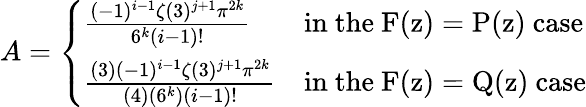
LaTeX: A=\left\{ \begin{array}{ll}{\frac{(-1)^{i-1}\zeta(3)^{j+1}\pi^{2k}}{6^{k}(i-1)!}}&{\mathrm{in~the~F(z)=P(z)~case}}\\ {\frac{(3)(-1)^{i-1}\zeta(3)^{j+1}\pi^{2k}}{(4)(6^{k})(i-1)!}}&{\mathrm{in~the~F(z)=Q(z)~case}}\end{array}\right.